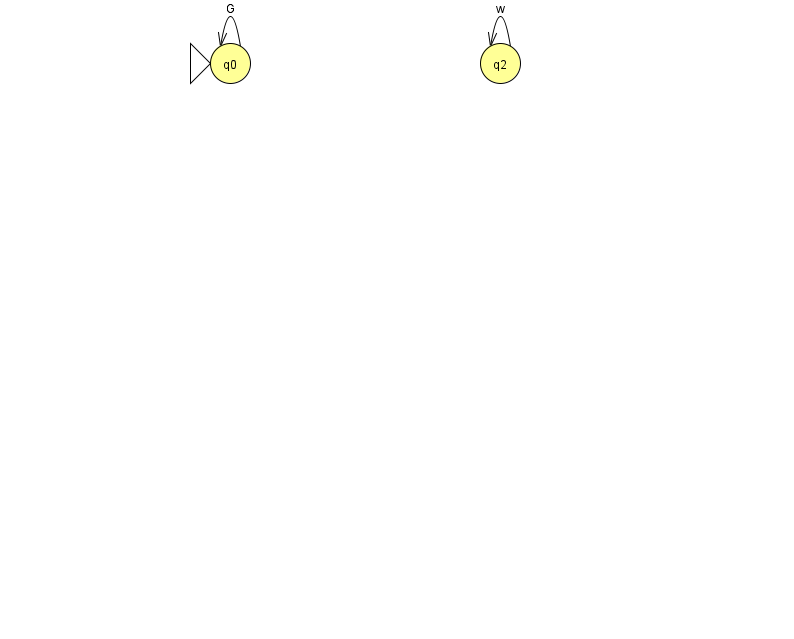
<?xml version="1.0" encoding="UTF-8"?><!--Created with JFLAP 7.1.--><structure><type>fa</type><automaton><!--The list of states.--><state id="0" name="q0"><x>230.0</x><y>50.0</y><initial/></state><state id="2" name="q2"><x>500.0</x><y>50.0</y></state><!--The list of transitions.--><transition><from>0</from><to>0</to><read>G</read></transition><transition><from>2</from><to>2</to><read>w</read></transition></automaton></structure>